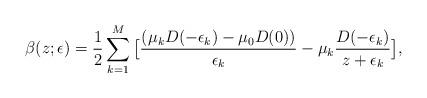
LaTeX: \begin{align*}\beta(z;\epsilon)=\frac12 \sum_{k=1}^M\big[\frac{\left( \mu_kD(-\epsilon_k)-\mu_0D(0)\right)}{\epsilon_k}-\mu_k\frac{D(-\epsilon_k)}{z+\epsilon_k}\big], \end{align*}